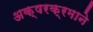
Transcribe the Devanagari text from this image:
अक्षरक्रमाने